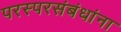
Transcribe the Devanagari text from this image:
परस्परसंबंधांना